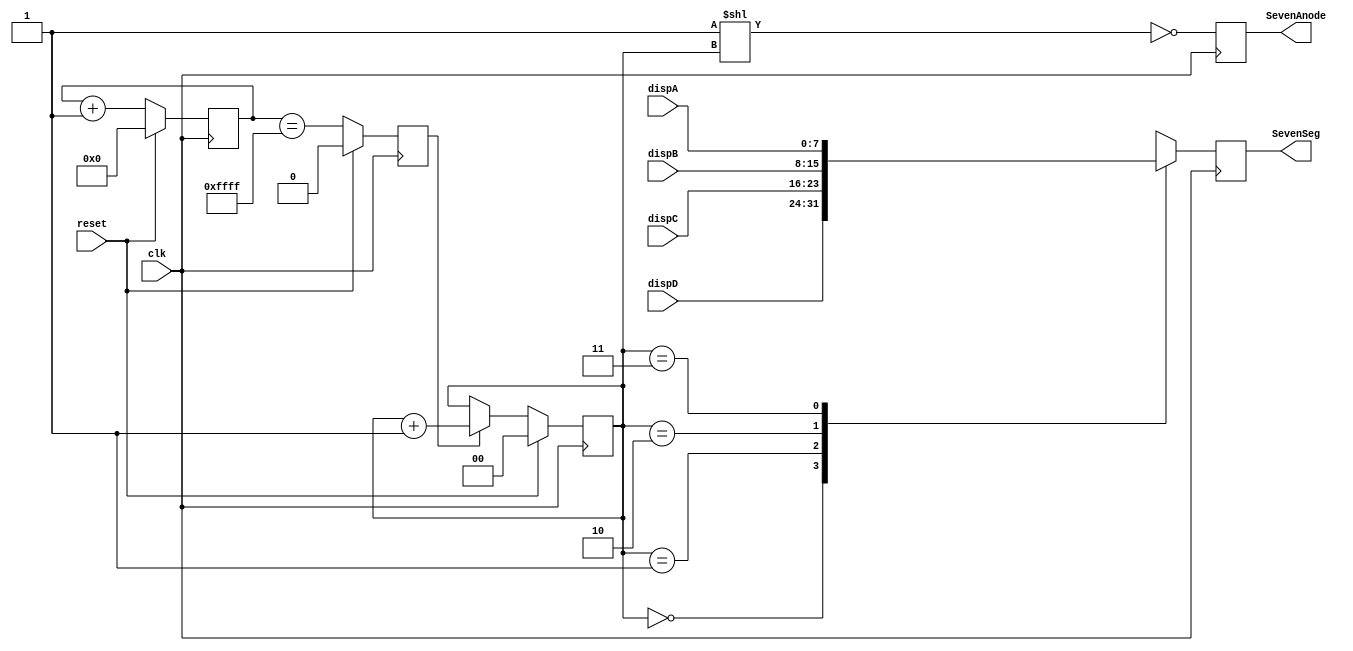
`timescale 1ns / 1ps
////////////////////////////////////////////////////////////////////////////
//
// 
//
// Module Name: dispmux
//
// Description: Simplify display multiplexing for Nexys3 seven segment
//              displays.
//
////////////////////////////////////////////////////////////////////////////
//////////////////////////////////////////////////////////////////////////////
//
// Copyright (C) 2011, Thomas Skibo.  All rights reserved.
// 
// Redistribution and use in source and binary forms, with or without
// modification, are permitted provided that the following conditions are met:
// * Redistributions of source code must retain the above copyright
//   notice, this list of conditions and the following disclaimer.
// * Redistributions in binary form must reproduce the above copyright
//   notice, this list of conditions and the following disclaimer in the
//   documentation and/or other materials provided with the distribution.
// * The names of contributors may not be used to endorse or promote products
//   derived from this software without specific prior written permission.
// 
// THIS SOFTWARE IS PROVIDED BY THE COPYRIGHT HOLDERS AND CONTRIBUTORS "AS IS"
// AND ANY EXPRESS OR IMPLIED WARRANTIES, INCLUDING, BUT NOT LIMITED TO, THE
// IMPLIED WARRANTIES OF MERCHANTABILITY AND FITNESS FOR A PARTICULAR PURPOSE
// ARE DISCLAIMED. IN NO EVENT SHALL Thomas Skibo OR CONTRIBUTORS BE LIABLE FOR
// ANY DIRECT, INDIRECT, INCIDENTAL, SPECIAL, EXEMPLARY, OR CONSEQUENTIAL
// DAMAGES (INCLUDING, BUT NOT LIMITED TO, PROCUREMENT OF SUBSTITUTE GOODS OR
// SERVICES; LOSS OF USE, DATA, OR PROFITS; OR BUSINESS INTERRUPTION) HOWEVER
// CAUSED AND ON ANY THEORY OF LIABILITY, WHETHER IN CONTRACT, STRICT
// LIABILITY, OR TORT (INCLUDING NEGLIGENCE OR OTHERWISE) ARISING IN ANY WAY
// OUT OF THE USE OF THIS SOFTWARE, EVEN IF ADVISED OF THE POSSIBILITY OF
// SUCH DAMAGE.
//
//////////////////////////////////////////////////////////////////////////////

module dispmux(output reg [7:0]	SevenSeg,
	       output reg [3:0]	SevenAnode,

	       input [7:0] 	dispA,		// leftmost display
	       input [7:0] 	dispB,
	       input [7:0] 	dispC,
	       input [7:0] 	dispD,		// rightmost display

	       input		reset,
	       input		clk
       );


    // Create a roughly 750 hz pulse by dividing the clock by 65,536.
    //
    reg [15:0]	clkdiv;
    reg 	pulse;
   
    always @(posedge clk)
	if (reset) begin
            clkdiv <= 16'd0;
            pulse <= 1'b0;
	end
	else begin
            clkdiv <= clkdiv + 1'b1;
            pulse <= (clkdiv == 16'hffff);
	end

    // Rotate through the four displays.
    //
    reg [1:0]	dispnum;
   
    always @(posedge clk)
	if (reset)
            dispnum <= 2'b00;
	else if (pulse)
            dispnum <= dispnum + 1'b1;

    // Demux the anode control.
    //
    always @(posedge clk)
	SevenAnode <= ~(4'b0001 << dispnum);

    // Mux the display control
    //
    always @(posedge clk)
	case (dispnum)
            2'b00: SevenSeg <= dispD;
            2'b01: SevenSeg <= dispC;
            2'b10: SevenSeg <= dispB;
            2'b11: SevenSeg <= dispA;
	endcase 
   
endmodule // dispmux